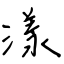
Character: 漾